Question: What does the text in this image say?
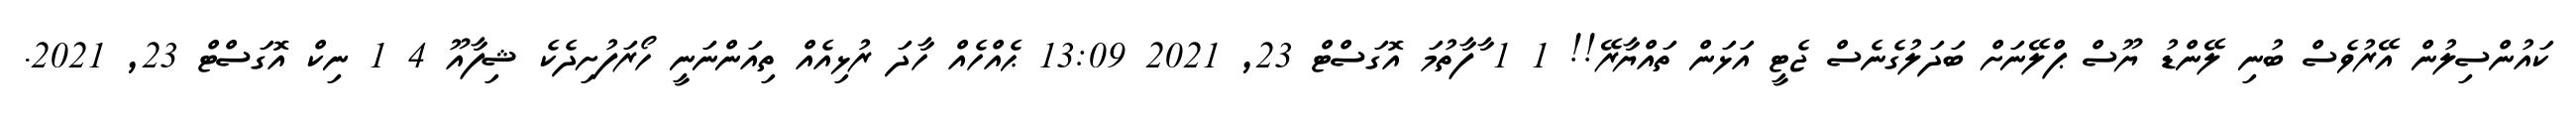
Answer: ކައުންސިލުން އޭރުވެސް ބުނި ލޭންޑު ޔޫސް ޕްލޭނަށް ބަދަލުގެނެސް ޖެޓީ އަޅަން ތައްޔާރޭ!! 1 1 ާފާތުމަ އޮގަސްޓް 23, 2021 13:09 ޙެއްހެއް ހާދަ ރުޅިއެއް ތިއަންނަނީ ހޯރަފުށިދެކެ ޝިފާއޫ 4 1 ނިކް އޮގަސްޓް 23, 2021.